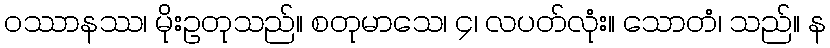
ဝဿာနဿ၊ မိုးဥတုသည်။ စတုမာသေ၊ ၄၊ လပတ်လုံး။ သောတံ၊ သည်။ န